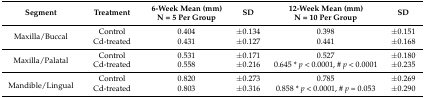
| Segment | Treatment | 6-Week Mean (mm) N = 5 Per Group | SD | 12-Week Mean (mm) N = 10 Per Group | SD |
 | --- | --- | --- | --- | --- | --- |
 | <ROWSPAN=2> Maxilla/Buccal | Control | 0.404 | ±0.134 | 0.398 | ±0.151 |
 | Cd-treated | 0.431 | ±0.127 | 0.441 | ±0.168 |
 | <ROWSPAN=2> Maxilla/Palatal | Control | 0.531 | ±0.171 | 0.527 | ±0.180 |
 | Cd-treated | 0.558 | ±0.216 | 0.645 * p < 0.0001, # p < 0.0001 | ±0.235 |
 | <ROWSPAN=2> Mandible/Lingual | Control | 0.820 | ±0.273 | 0.785 | ±0.269 |
 | Cd-treated | 0.803 | ±0.316 | 0.858 * p < 0.0001, # p = 0.053 | ±0.290 |